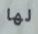
لها